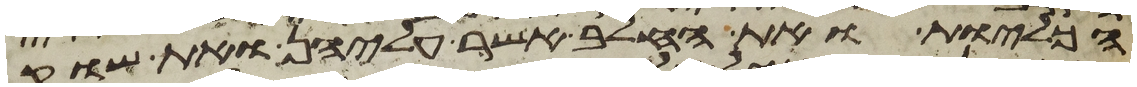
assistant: הכליות ואת החלב אשר עליהן ואת שוק